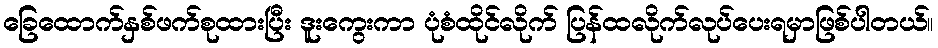
ခြေထောက်နှစ်ဖက်စုထားပြီး ဒူးကွေးကာ ပုံစံထိုင်လိုက် ပြန်ထလိုက်လုပ်ပေးရမှာဖြစ်ပါတယ်။